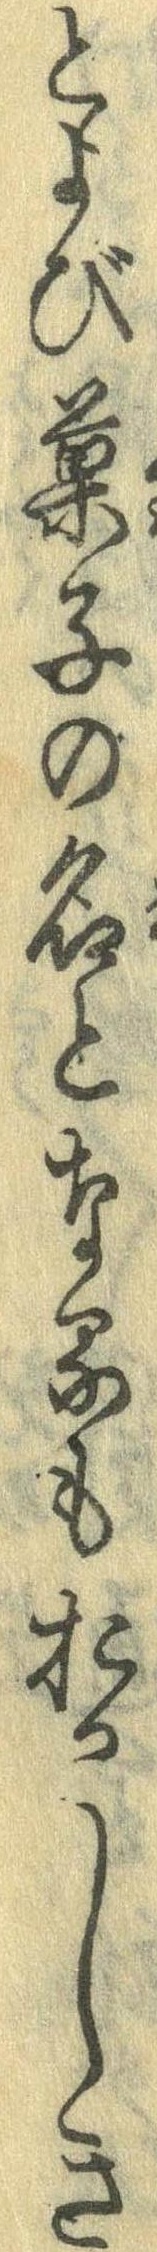
とよび菓子の名となるもおかしき